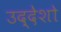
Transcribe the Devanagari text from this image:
उद्देशो